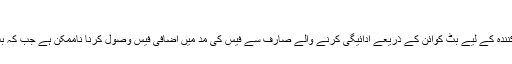
٭ سیکیوریٹی اور کنٹرول
بِٹ کوائن کے استعمال کنندہ کو اپنی ٹرانزیکشن پر مکمل کنٹرول ہوتا ہے اور فروخت کنندہ کے لیے بِٹ کوائن کے ذریعے ادائیگی کرنے والے صارف سے فیس کی مد میں اضافی فیس وصول کرنا ناممکن ہے جب کہ بِٹ کوائن سے کی جانے والی ادائیگی صارف کی نجی معلومات کے بنا پر کی جاتی ہے۔